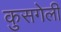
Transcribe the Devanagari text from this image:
कुसगेली